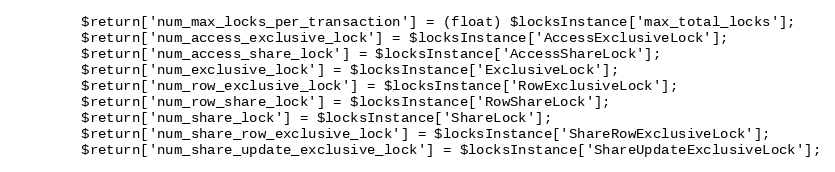
Language: PHP
        $return['num_max_locks_per_transaction'] = (float) $locksInstance['max_total_locks'];
        $return['num_access_exclusive_lock'] = $locksInstance['AccessExclusiveLock'];
        $return['num_access_share_lock'] = $locksInstance['AccessShareLock'];
        $return['num_exclusive_lock'] = $locksInstance['ExclusiveLock'];
        $return['num_row_exclusive_lock'] = $locksInstance['RowExclusiveLock'];
        $return['num_row_share_lock'] = $locksInstance['RowShareLock'];
        $return['num_share_lock'] = $locksInstance['ShareLock'];
        $return['num_share_row_exclusive_lock'] = $locksInstance['ShareRowExclusiveLock'];
        $return['num_share_update_exclusive_lock'] = $locksInstance['ShareUpdateExclusiveLock'];